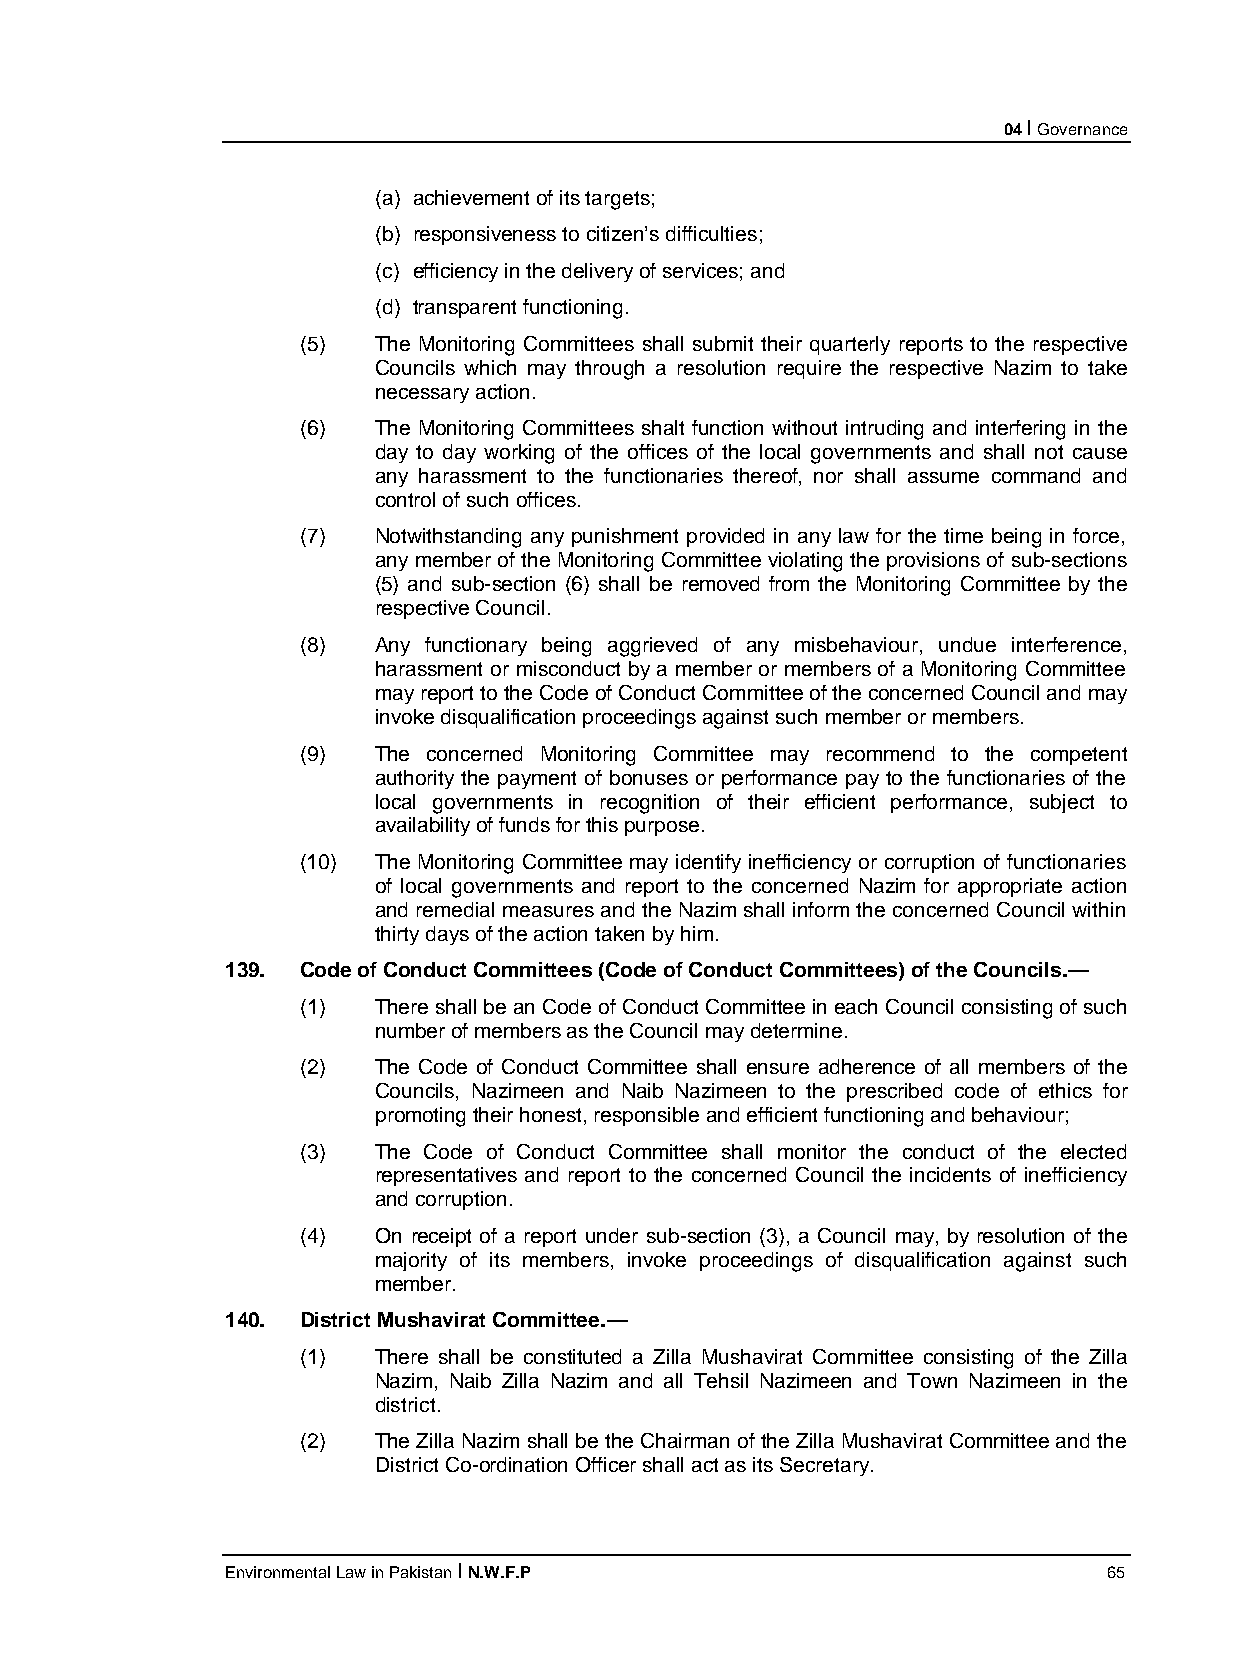
04 I Governance
 (a) achievement of its targets;
 (b) responsiveness to citizen’s difficulties;
 (c) efficiency in the delivery of services; and
 (d) transparent functioning.
 (5)  The Monitoring Committees shall submit their quarterly reports to the respective
 Councils which may through a resolution require the respective Nazim to take
 necessary action.
 (6)  The Monitoring Committees shalt function without intruding and interfering in the
 day to day working of the offices of the local governments and shall not cause
 any harassment to the functionaries thereof, nor shall assume command and
 control of such offices.
 (7)  Notwithstanding any punishment provided in any law for the time being in force,
 any member of the Monitoring Committee violating the provisions of sub-sections
 (5) and sub-section (6) shall be removed from the Monitoring Committee by the
 respective Council.
 (8)  Any functionary being aggrieved of any misbehaviour, undue interference,
 harassment or misconduct by a member or members of a Monitoring Committee
 may report to the Code of Conduct Committee of the concerned Council and may
 invoke disqualification proceedings against such member or members.
 (9)  The concerned Monitoring Committee may recommend to the competent
 authority the payment of bonuses or performance pay to the functionaries of the
 local governments in recognition of their efficient performance, subject to
 availability of funds for this purpose.
 (10) The Monitoring Committee may identify inefficiency or corruption of functionaries
 of local governments and report to the concerned Nazim for appropriate action
 and remedial measures and the Nazim shall inform the concerned Council within
 thirty days of the action taken by him.
 139. Code of Conduct Committees (Code of Conduct Committees) of the Councils.—
 (1)  There shall be an Code of Conduct Committee in each Council consisting of such
 number of members as the Council may determine.
 (2)  The Code of Conduct Committee shall ensure adherence of all members of the
 Councils, Nazimeen and Naib Nazimeen to the prescribed code of ethics for
 promoting their honest, responsible and efficient functioning and behaviour;
 (3)  The Code of Conduct Committee shall monitor the conduct of the elected
 representatives and report to the concerned Council the incidents of inefficiency
 and corruption.
 (4)  On receipt of a report under sub-section (3), a Council may, by resolution of the
 majority of its members, invoke proceedings of disqualification against such
 member.
 140. District Mushavirat Committee.—
 (1)  There shall be constituted a Zilla Mushavirat Committee consisting of the Zilla
 Nazim, Naib Zilla Nazim and all Tehsil Nazimeen and Town Nazimeen in the
 district.
 (2)  The Zilla Nazim shall be the Chairman of the Zilla Mushavirat Committee and the
 District Co-ordination Officer shall act as its Secretary.
 Environmental Law in Pakistan I N.W.F.P                   65